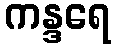
ကန္ဒရေ